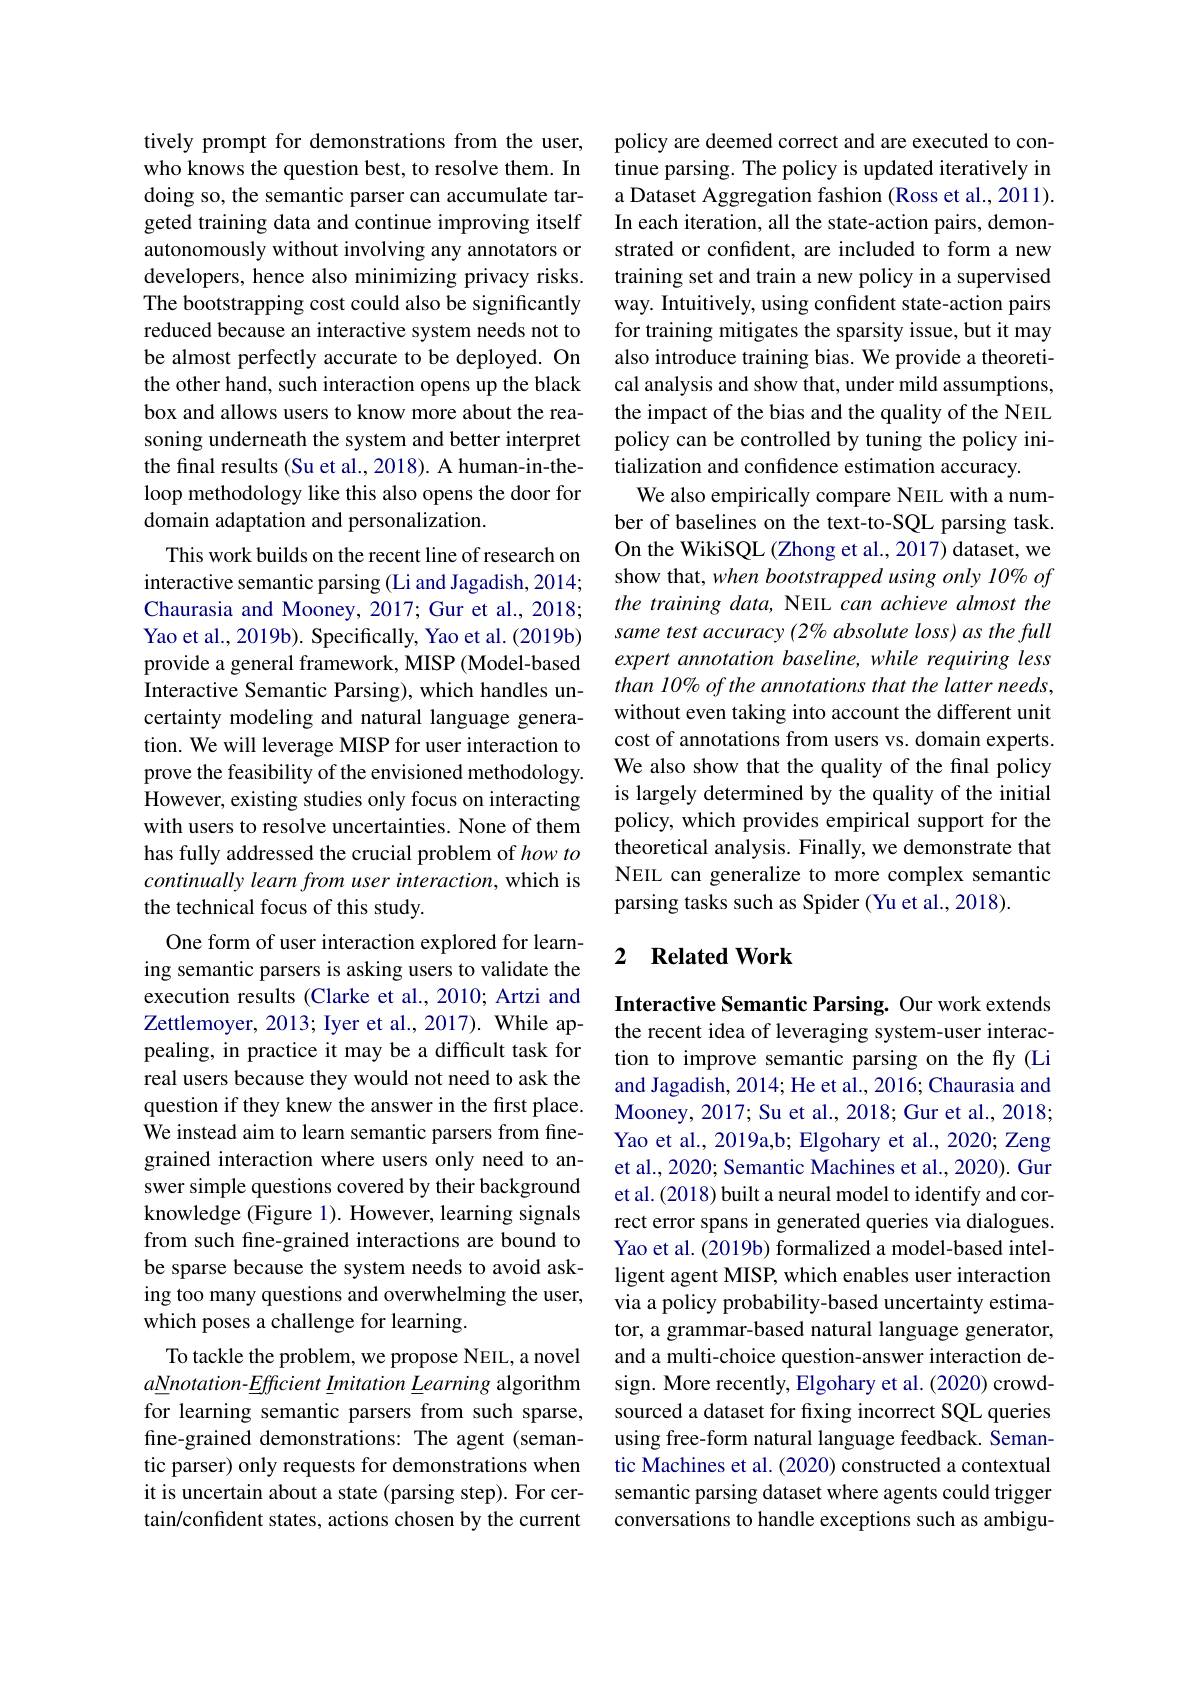
tively prompt for demonstrations from the user, who knows the question best, to resolve them. In doing so, the semantic parser can accumulate targeted training data and continue improving itself autonomously without involving any annotators or developers, hence also minimizing privacy risks. The bootstrapping cost could also be significantly reduced because an interactive system needs not to be almost perfectly accurate to be deployed. On the other hand, such interaction opens up the black box and allows users to know more about the reasoning underneath the system and better interpret the final results (Su et al., 2018). A human-in-theloop methodology like this also opens the door for domain adaptation and personalization.
This work builds on the recent line of research on interactive semantic parsing (Li and Jagadish, 2014; Chaurasia and Mooney, 2017; Gur et al., 2018; Yao et al., 2019b). Specifically, Yao et al. (2019b) provide a general framework, MISP (Model-based Interactive Semantic Parsing), which handles uncertainty modeling and natural language generation. We will leverage MISP for user interaction to prove the feasibility of the envisioned methodology. However, existing studies only focus on interacting with users to resolve uncertainties. None of them has fully addressed the crucial problem of how to continually learn from user interaction, which is the technical focus of this study.
One form of user interaction explored for learning semantic parsers is asking users to validate the execution results (Clarke et al., 2010; Artzi and Zettlemoyer, 2013; Iyer et al., 2017). While appealing, in practice it may be a difficult task for real users because they would not need to ask the question if they knew the answer in the first place. We instead aim to learn semantic parsers from finegrained interaction where users only need to answer simple questions covered by their background knowledge (Figure 1). However, learning signals from such fine-grained interactions are bound to be sparse because the system needs to avoid asking too many questions and overwhelming the user, which poses a challenge for learning.
To tackle the problem, we propose NEIL, a novel $a\underline{N}notation-\underline{E}fficient\underline{I}mitation\underline{L}earning$ algorithm for learning semantic parsers from such sparse, fine-grained demonstrations: The agent (semantic parser) only requests for demonstrations when it is uncertain about a state (parsing step). For certain/confident states, actions chosen by the current

policy are deemed correct and are executed to continue parsing. The policy is updated iteratively in a Dataset Aggregation fashion (Ross et al., 2011). In each iteration, all the state-action pairs, demonstrated or confident, are included to form a new training set and train a new policy in a supervised way. Intuitively, using confident state-action pairs for training mitigates the sparsity issue, but it may also introduce training bias. We provide a theoretical analysis and show that, under mild assumptions, the impact of the bias and the quality of the NEIL policy can be controlled by tuning the policy initialization and confidence estimation accuracy.
We also empirically compare NEIL with a number of baselines on the text-to-SQL parsing task. On the WikiSQL (Zhong et al., 2017) dataset, we show that, when bootstrapped using only 10% of the training data, NEIL can achieve almost the same test accuracy (2% absolute loss) as the full expert annotation baseline, while requiring less than 10% of the annotations that the latter needs, without even taking into account the different unit cost of annotations from users vs. domain experts. We also show that the quality of the final policy is largely determined by the quality of the initial policy, which provides empirical support for the theoretical analysis. Finally, we demonstrate that NEIL can generalize to more complex semantic parsing tasks such as Spider (Yu et al., 2018).

## 2 Related Work

Interactive Semantic Parsing. Our work extends the recent idea of leveraging system-user interaction to improve semantic parsing on the fly(Li and Jagadish, 2014; He et al., 2016; Chaurasia and Mooney, 2017; Su et al., 2018; Gur et al., 2018; Yao et al., 2019a,b; Elgohary et al., 2020; Zeng et al., 2020; Semantic Machines et al., 2020). Gur et al. (2018) built a neural model to identify and correct error spans in generated queries via dialogues. Yao et al. (2019b) formalized a model-based intelligent agent MISP, which enables user interaction via a policy probability-based uncertainty estimator, a grammar-based natural language generator, and a multi-choice question-answer interaction design. More recently, Elgohary et al. (2020) crowdsourced a dataset for fixing incorrect SQL queries using free-form natural language feedback. Semantic Machines et al. (2020) constructed a contextual semantic parsing dataset where agents could trigger conversations to handle exceptions such as ambigu-